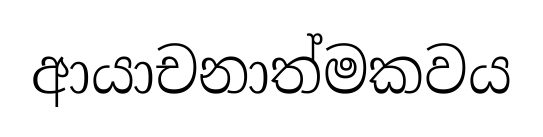
ආයාචනාත්මකවය